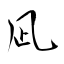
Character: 凪